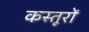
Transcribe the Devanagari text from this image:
कस्तूरों